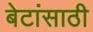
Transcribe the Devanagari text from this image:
बेटांसाठी